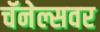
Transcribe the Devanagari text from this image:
चॅनेल्सवर